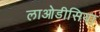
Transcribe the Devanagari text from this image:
लाओडीसिया